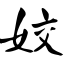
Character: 姣